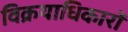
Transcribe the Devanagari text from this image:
विक्रयाधिकारों